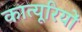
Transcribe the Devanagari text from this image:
कात्यूरियों